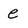
Character: e